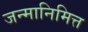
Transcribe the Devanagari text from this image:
जन्मानिमित्त